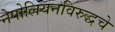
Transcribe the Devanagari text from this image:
नेपोलियनविरुद्धचे